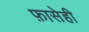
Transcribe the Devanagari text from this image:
फ़ासेही